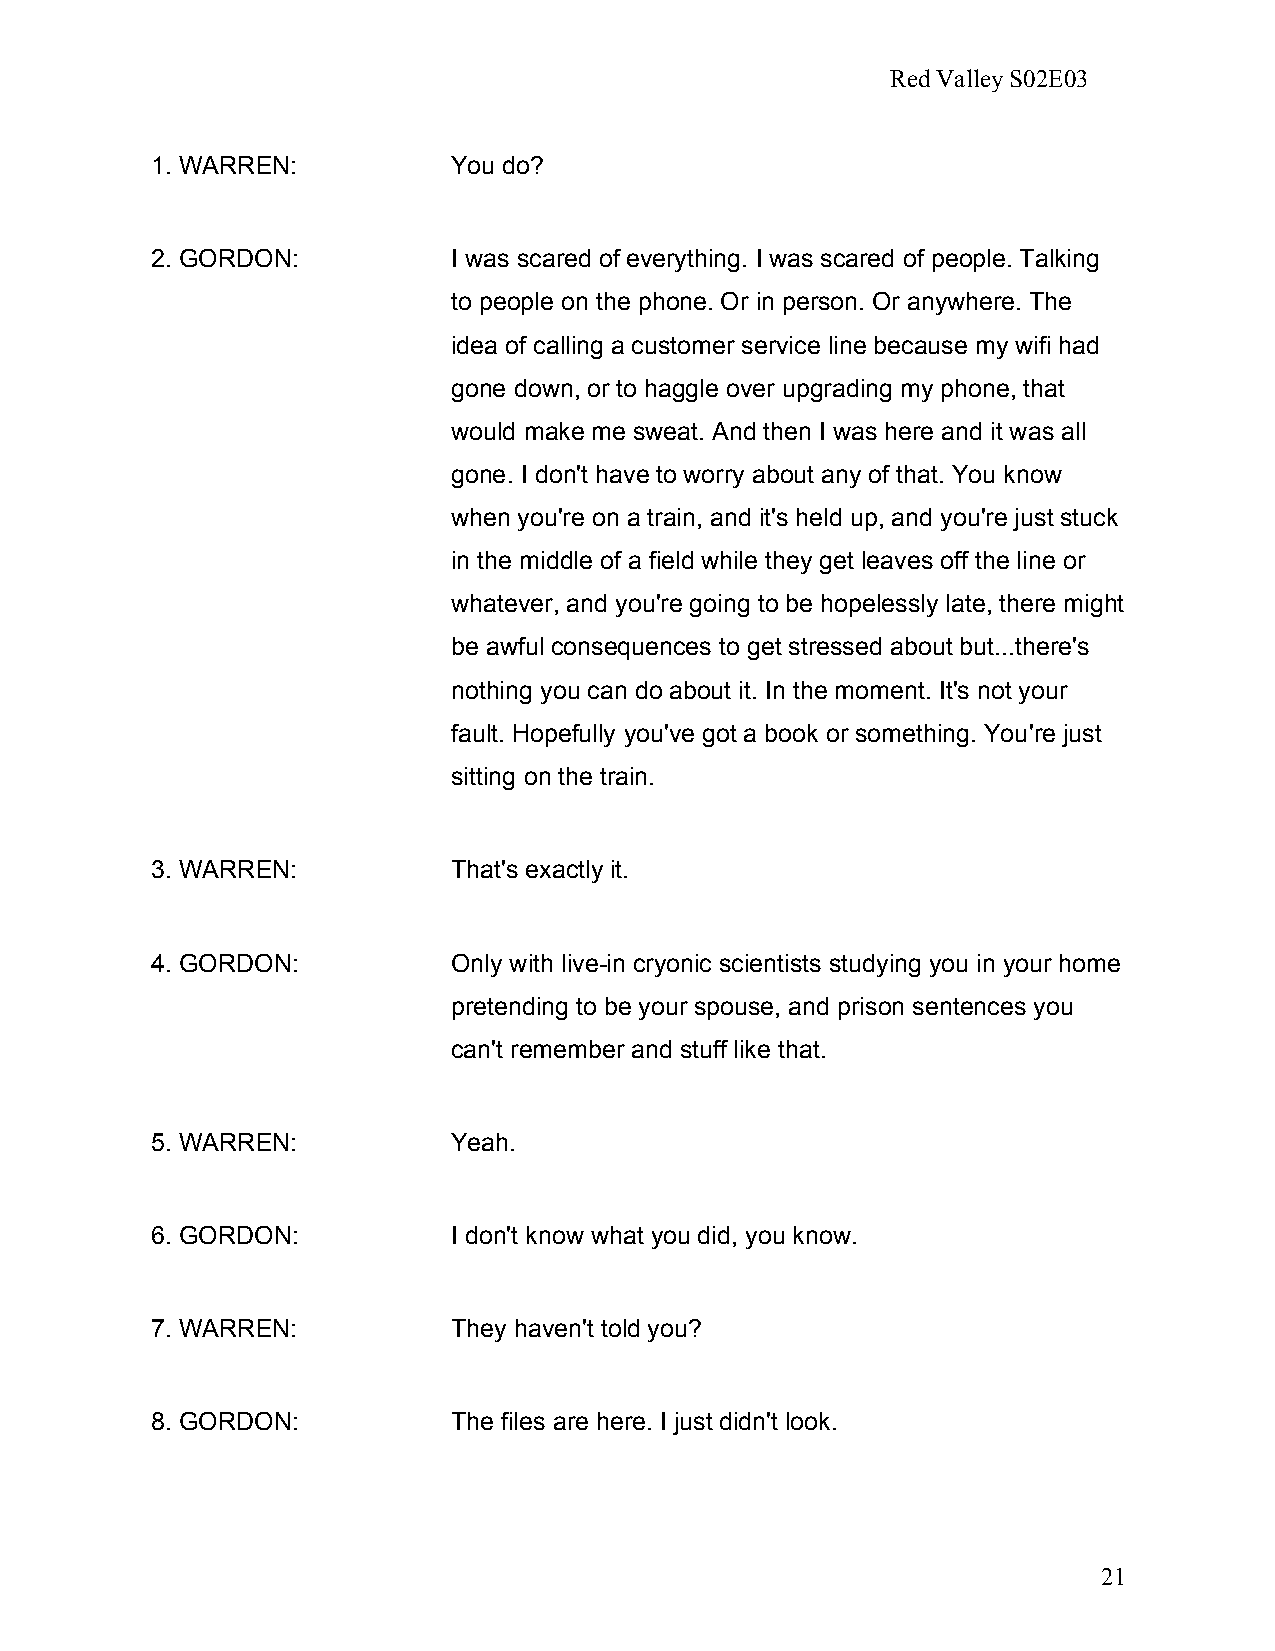
Red Valley S02E03
 1. WARREN:          You do?
 2. GORDON:          I was scared of everything. I was scared of people. Talking
 to people on the phone. Or in person. Or anywhere. The
 idea of calling a customer service line because my wifi had
 gone down, or to haggle over upgrading my phone, that
 would make me sweat. And then I was here and it was all
 gone. I don't have to worry about any of that. You know
 when you're on a train, and it's held up, and you're just stuck
 in the middle of a field while they get leaves off the line or
 whatever, and you're going to be hopelessly late, there might
 be awful consequences to get stressed about but...there's
 nothing you can do about it. In the moment. It's not your
 fault. Hopefully you've got a book or something. You're just
 sitting on the train.
 3. WARREN:          That's exactly it.
 4. GORDON:          Only with live-in cryonic scientists studying you in your home
 pretending to be your spouse, and prison sentences you
 can't remember and stuff like that.
 5. WARREN:          Yeah.
 6. GORDON:          I don't know what you did, you know.
 7. WARREN:          They haven't told you?
 8. GORDON:          The files are here. I just didn't look.
 21